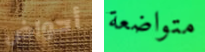
أحواض متواضعة